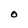
Character: O